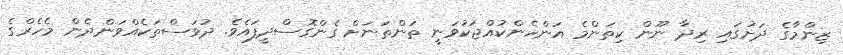
ޒިންމާގެ ދަށުގައި ރިދާ ނޫން ކިތަންމެ އަންހެންކުއްޖަކުވަނީ ތަންތަނަށް ގެންގޮސްދީފައެވެ. ދުވަސްތަކެއްވަންދެން މެހެރްގެ